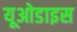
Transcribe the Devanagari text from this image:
यूओडाइस